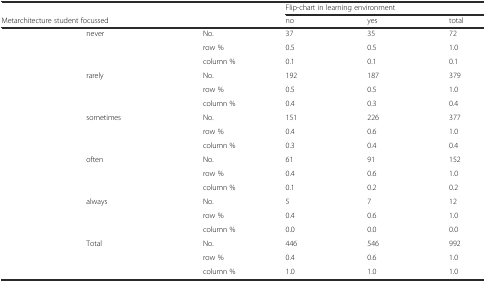
<table><thead><tr><td></td><td></td><td></td><td colspan="3"><b>Flip-chart in learning environment</b></td></tr><tr><td colspan="2"><b>Metarchitecture student focussed</b></td><td></td><td><b>no</b></td><td><b>yes</b></td><td><b>total</b></td></tr></thead><tbody><tr><td></td><td>never</td><td>No.</td><td>37</td><td>35</td><td>72</td></tr><tr><td></td><td></td><td>row %</td><td>0.5</td><td>0.5</td><td>1.0</td></tr><tr><td></td><td></td><td>column %</td><td>0.1</td><td>0.1</td><td>0.1</td></tr><tr><td></td><td>rarely</td><td>No.</td><td>192</td><td>187</td><td>379</td></tr><tr><td></td><td></td><td>row %</td><td>0.5</td><td>0.5</td><td>1.0</td></tr><tr><td></td><td></td><td>column %</td><td>0.4</td><td>0.3</td><td>0.4</td></tr><tr><td></td><td>sometimes</td><td>No.</td><td>151</td><td>226</td><td>377</td></tr><tr><td></td><td></td><td>row %</td><td>0.4</td><td>0.6</td><td>1.0</td></tr><tr><td></td><td></td><td>column %</td><td>0.3</td><td>0.4</td><td>0.4</td></tr><tr><td></td><td>often</td><td>No.</td><td>61</td><td>91</td><td>152</td></tr><tr><td></td><td></td><td>row %</td><td>0.4</td><td>0.6</td><td>1.0</td></tr><tr><td></td><td></td><td>column %</td><td>0.1</td><td>0.2</td><td>0.2</td></tr><tr><td></td><td>always</td><td>No.</td><td>5</td><td>7</td><td>12</td></tr><tr><td></td><td></td><td>row %</td><td>0.4</td><td>0.6</td><td>1.0</td></tr><tr><td></td><td></td><td>column %</td><td>0.0</td><td>0.0</td><td>0.0</td></tr><tr><td></td><td>Total</td><td>No.</td><td>446</td><td>546</td><td>992</td></tr><tr><td></td><td></td><td>row %</td><td>0.4</td><td>0.6</td><td>1.0</td></tr><tr><td></td><td></td><td>column %</td><td>1.0</td><td>1.0</td><td>1.0</td></tr></tbody></table>